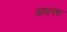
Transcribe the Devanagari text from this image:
डवरू